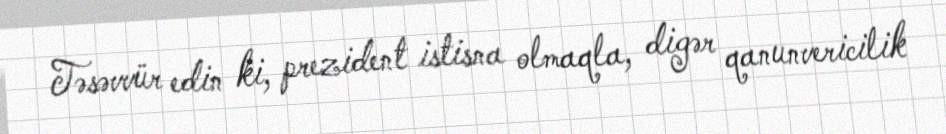
Təsəvvür edin ki, prezident istisna olmaqla, digər qanunvericilik